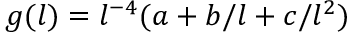
g ( l ) = l ^ { - 4 } ( a + b / l + c / l ^ { 2 } )